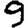
Digit: 9